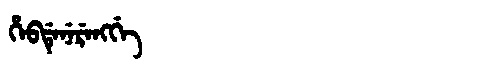
Manchu: ᡥᡝᠪᡩᡝᠨᡝᡵᡝᠩᡤᡝ
Romanization: HEBDENERENGGE